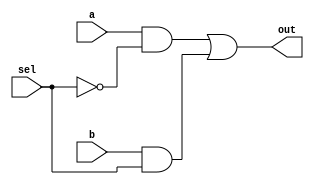
`timescale 1ns / 1ps
//////////////////////////////////////////////////////////////////////////////////
// Company: 
// Engineer: 
// 
// Design Name: 
// Module Name: mux2_1
// Project Name: 
// Target Devices: 
// Tool Versions: 
// Description: 
// 
// Dependencies: 
// 
// Revision:
// Revision 0.01 - File Created
// Additional Comments:
// 
//////////////////////////////////////////////////////////////////////////////////


module mux2_1(input a,input b,input sel,output out);

assign out = (a & ~sel) | (b & sel);

endmodule